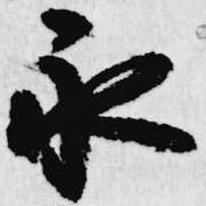
永